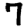
Digit: 7